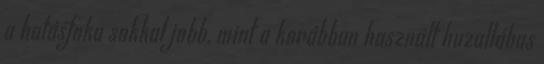
a hatásfoka sokkal jobb, mint a korábban használt huzallábas